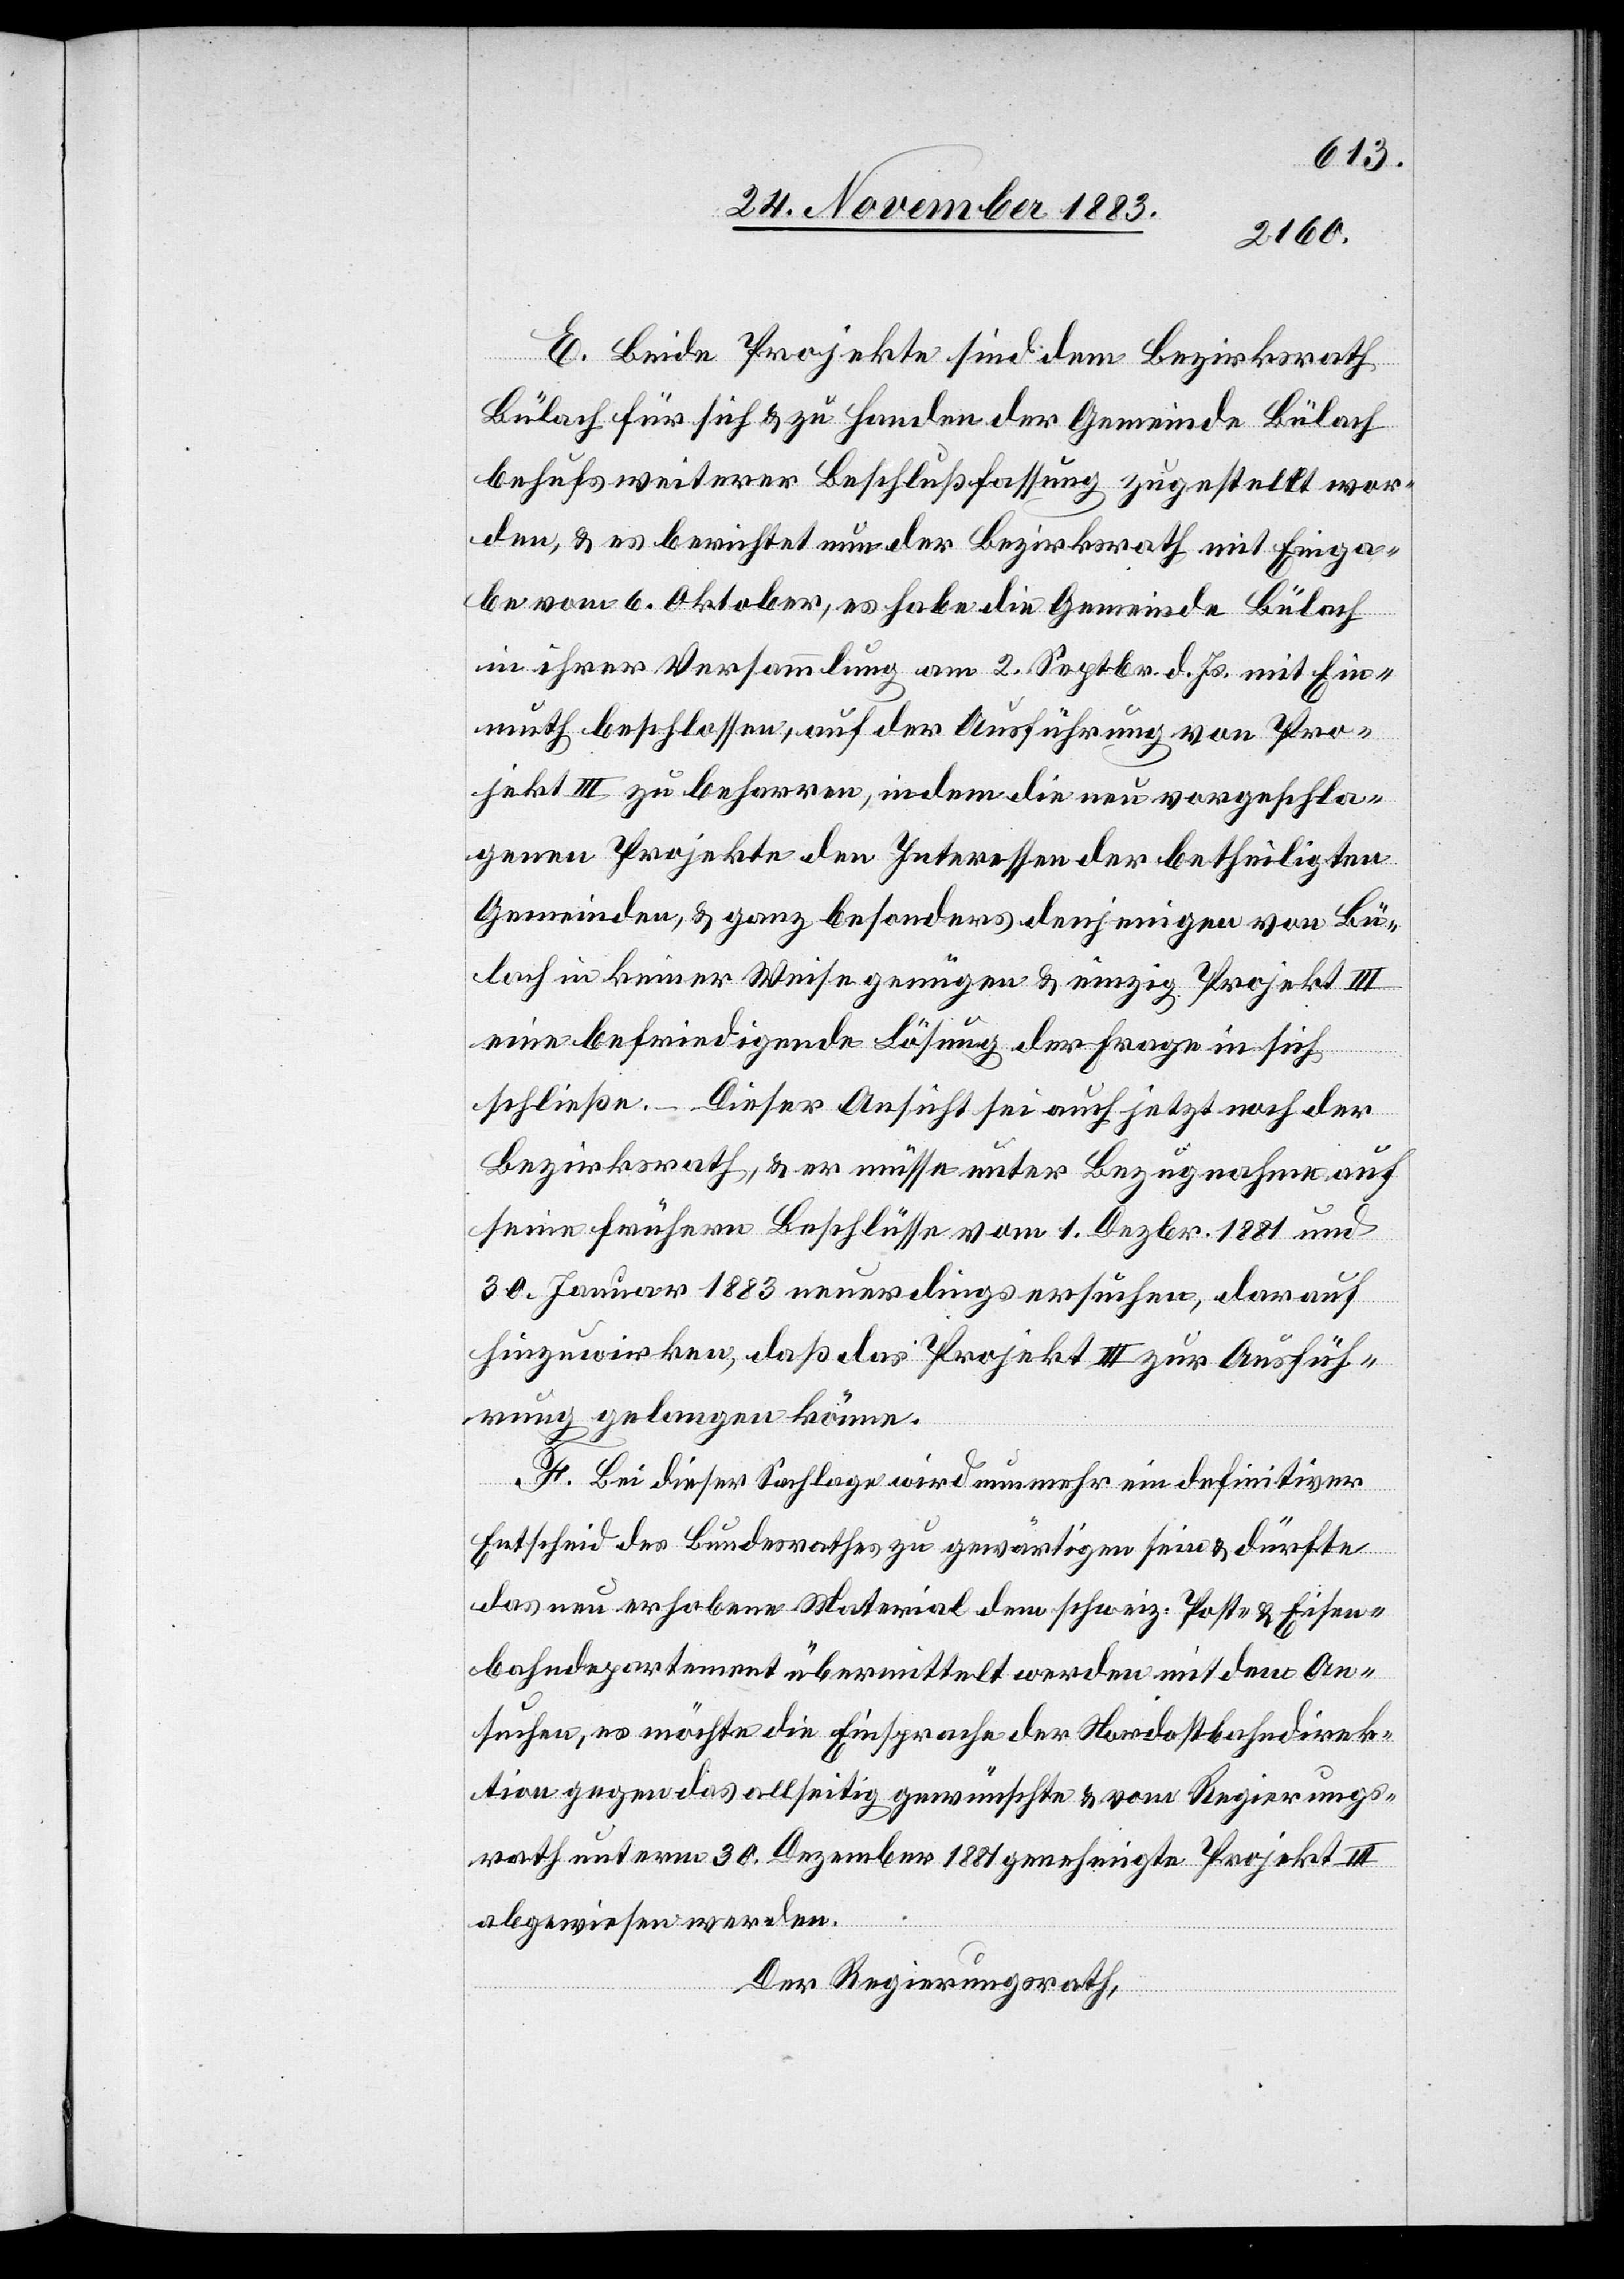
E. Beide Projekte sind dem Bezirksrath
Bülach für sich & zu Handen der Gemeinde Bülach
behufs weiterer Beschlußfassung zugestellt wor¬
den, & es berichtet nun der Bezirksrath mit Einga¬
be vom 6. Oktober, es habe die Gemeinde Bülach
in ihrer Versammlung am 2. Septbr. d. Js mit Ein¬
muth beschlossen, auf der Ausführung von Pro¬
jekt III zu beharren, indem die neu vorgeschla¬
genen Projekte den Interessen der betheiligten
Gemeinden, & ganz besonders denjenigen von Bü¬
lach in keiner Weise genügen & einzig Projekt III
eine befriedigende Lösung der Frage in sich
schließe. – Dieser Ansicht sei auch jetzt noch der
Bezirksrath, & er müsse unter Bezugnahme auf
seine frühern Beschlüsse vom 1. Dezbr. 1881 und
30. Januar 1883 neuerdings ersuchen, darauf
hinzuwirken, daß das Projekt III zur Ausfüh¬
rung gelangen könne.
F. Bei dieser Sachlage wird nunmehr ein definitiver
Entscheid des Bundesrathes zu gewärtigen sein & dürfte
das neu erhobene Material dem schweiz. Post- & Eisen¬
bahndepartement übermittelt werden mit dem An¬
suchen, es möchte die Einsprache der Nordostbahndirek¬
tion gegen das allseitig gewünschte & Regierungs¬
rath unterm 30. Dezember 1881 genehmigte Projekt III
abgewiesen werden.
Der Regierungsrath,